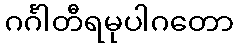
ဂင်္ဂါတီရမုပါဂတော